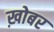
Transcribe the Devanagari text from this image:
ख़ोबर